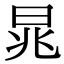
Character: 晁